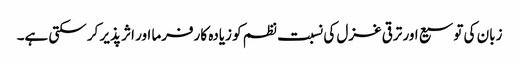
زبان کی توسیع اور ترقی غزل کی نسبت نظم کو زیادہ کارفرما اور اثر پذیر کر سکتی ہے۔